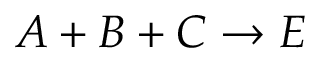
A + B + C \rightarrow E